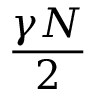
\frac { \gamma N } { 2 }